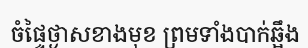
ចំផ្ទៃថ្ងាសខាងមុខ ព្រមទាំងបាក់ឆ្អឹង